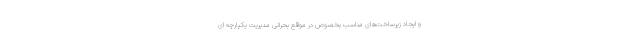
و ایجاد زیرساخت‌های مناسب بخصوص در مواقع بحرانی مدیریت یکپارچه ای